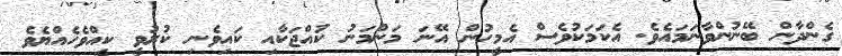
ގެންދާން ބޭނުންވާނަމައެވެ. އެކަމަކުވެސް އެމީހުން އޭނަ މަންމަނު ކުއްޖަކާއި ކައިވެނި ކުރުވީ ކީއްވެހެއްޔެވެ